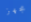
مجهز